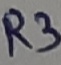
Text: R3